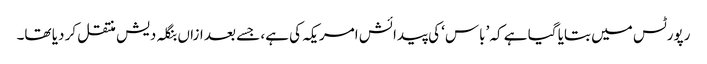
رپورٹس میں بتایا گیا ہے کہ ’باس‘ کی پیدائش امریکہ کی ہے، جسے بعد ازاں بنگلہ دیش منتقل کر دیا تھا۔